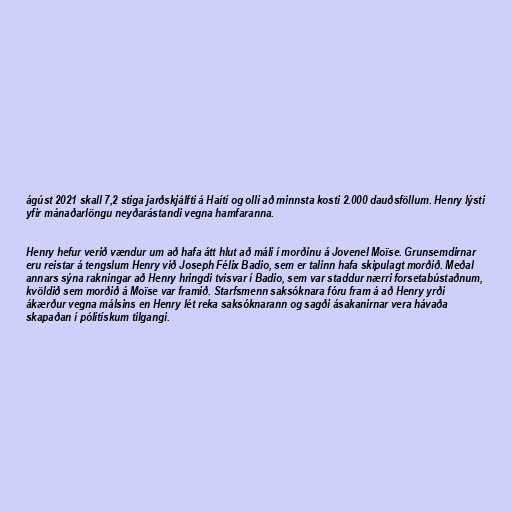
ágúst 2021 skall 7,2 stiga jarðskjálfti á Haítí og olli að minnsta kosti 2.000 dauðsföllum. Henry lýsti
yfir mánaðarlöngu neyðarástandi vegna hamfaranna.

Henry hefur verið vændur um að hafa átt hlut að máli í morðinu á Jovenel Moïse. Grunsemdirnar
eru reistar á tengslum Henry við Joseph Félix Badio, sem er talinn hafa skipulagt morðið. Meðal
annars sýna rakningar að Henry hringdi tvisvar í Badio, sem var staddur nærri forsetabústaðnum,
kvöldið sem morðið á Moïse var framið. Starfsmenn saksóknara fóru fram á að Henry yrði
ákærður vegna málsins en Henry lét reka saksóknarann og sagði ásakanirnar vera hávaða
skapaðan í pólítískum tilgangi.